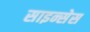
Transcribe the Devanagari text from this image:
साइन्सेस